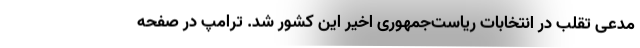
مدعی تقلب در انتخابات ریاست‌جمهوری اخیر این کشور شد. ترامپ در صفحه